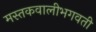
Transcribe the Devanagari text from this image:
मस्तकवालीभगवती